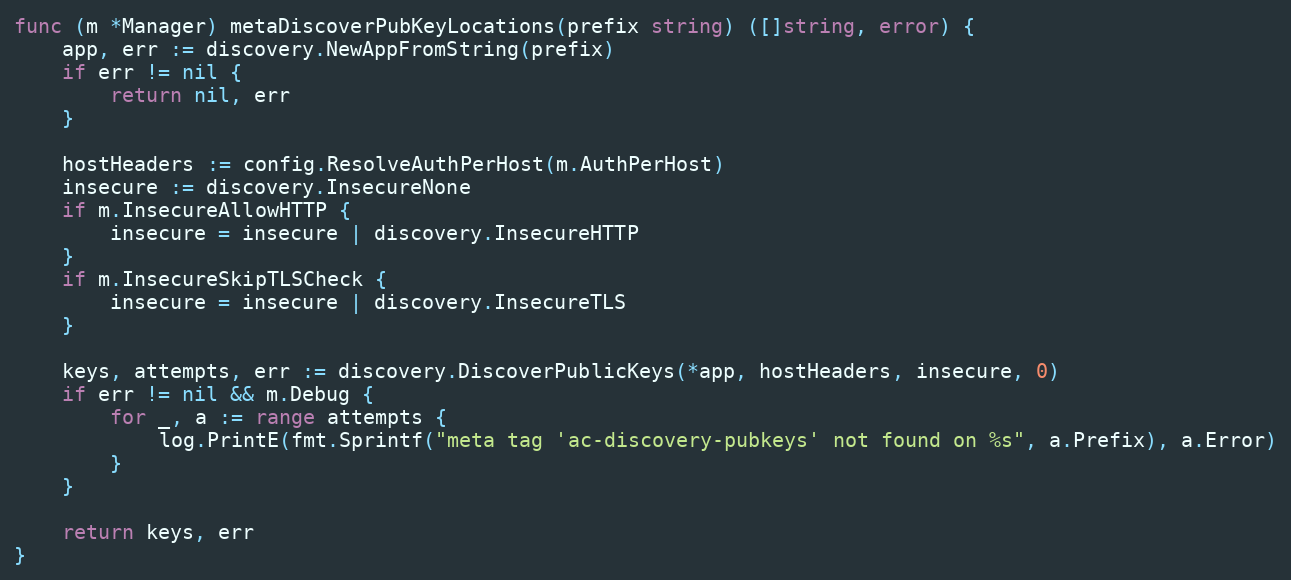
Language: Go
func (m *Manager) metaDiscoverPubKeyLocations(prefix string) ([]string, error) {
	app, err := discovery.NewAppFromString(prefix)
	if err != nil {
		return nil, err
	}

	hostHeaders := config.ResolveAuthPerHost(m.AuthPerHost)
	insecure := discovery.InsecureNone
	if m.InsecureAllowHTTP {
		insecure = insecure | discovery.InsecureHTTP
	}
	if m.InsecureSkipTLSCheck {
		insecure = insecure | discovery.InsecureTLS
	}

	keys, attempts, err := discovery.DiscoverPublicKeys(*app, hostHeaders, insecure, 0)
	if err != nil && m.Debug {
		for _, a := range attempts {
			log.PrintE(fmt.Sprintf("meta tag 'ac-discovery-pubkeys' not found on %s", a.Prefix), a.Error)
		}
	}

	return keys, err
}